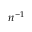
n ^ { - 1 }